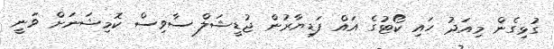
ގުޅިގެން މިއަދު ހައި ކޯޓުގެ އައް ފަޑިޔާރުން ޖުޑީޝަލް ސާވިސް ކޮމިޝަނަށް ވަނީ